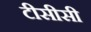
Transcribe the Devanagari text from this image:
टीसीसी